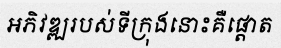
អភិវឌ្ឍរបស់ទីក្រុងនោះគឺផ្តោត